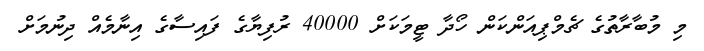
މި މުބާރާތުގެ ޗެމްޕިއަންކަން ހޯދާ ޓީމަކަށް 40000 ރުފިޔާގެ ފައިސާގެ އިނާމެއް ދިނުމަށް